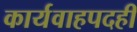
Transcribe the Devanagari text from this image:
कार्यवाहपदही